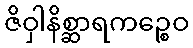
ဇိဝှါနိစ္ဆာရကဉ္စေဝ